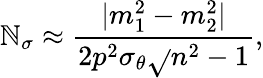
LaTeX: \mathbb{N}_{\sigma}\approx\frac{{|m_{1}^{2}-m_{2}^{2}|}}{{2p^{2}\sigma_{\theta}\sqrt{}{{n^{2}-1}}}},